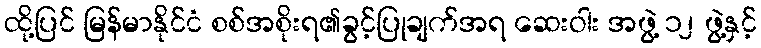
ထို့ပြင် မြန်မာနိုင်ငံ စစ်အစိုးရ၏ခွင့်ပြုချက်အရ ဆေးဝါး အဖွဲ့ ၁၂ ဖွဲ့နှင့်